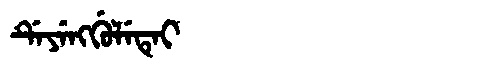
Manchu: ᡩᡝᠶᡝᠩᡤᡠᠯᡝᡨᡝᡳ
Romanization: DEYENGGULETEI